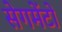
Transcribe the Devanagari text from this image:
सेगमेंटों